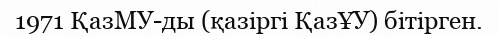
1971 ҚазМУ-ды (қазіргі ҚазҰУ) бітірген.